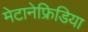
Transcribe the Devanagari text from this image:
मेटानेफ्रिडिया